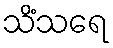
သိံသရေ